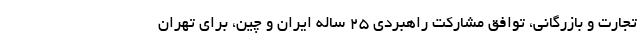
تجارت و بازرگانی، توافق مشارکت راهبردی 25 ساله ایران و چین، برای تهران